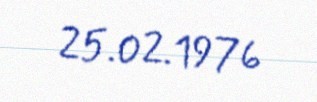
25.02.1976